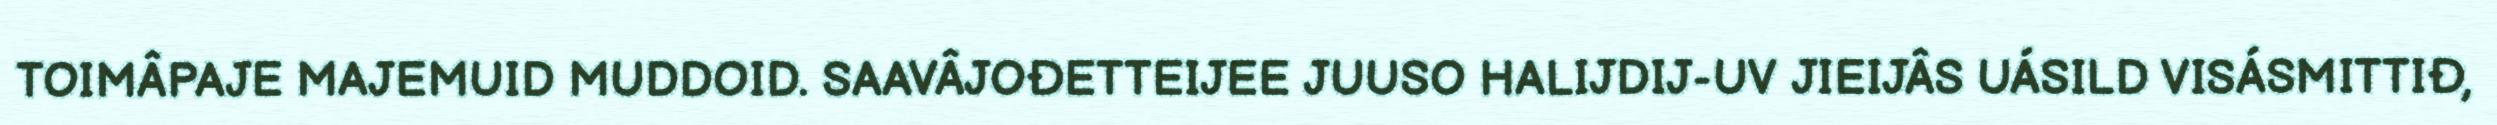
TOIMÂPAJE MAJEMUID MUDDOID. SAAVÂJOĐETTEIJEE JUUSO HALIJDIJ-UV JIEIJÂS UÁSILD VISÁSMITTIĐ,